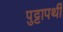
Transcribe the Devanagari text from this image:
पुट्टापर्थी